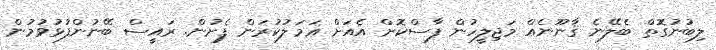
ލިބުނުގޮތް ބެލޭނެ ޤާނޫނެއް މަޖިލީހުން ފާސްކޮށް އެއަށް ޢަމަލުކުރަން ފެށުން. ރައީސް ބޭނުންފުޅުވުމުން